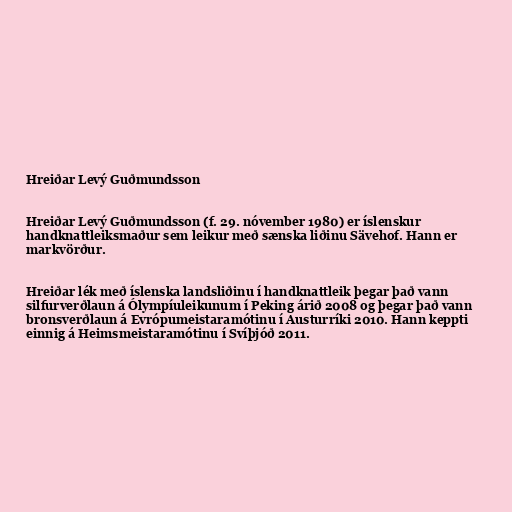
Hreiðar Levý Guðmundsson

Hreiðar Levý Guðmundsson (f. 29. nóvember 1980) er íslenskur
handknattleiksmaður sem leikur með sænska liðinu Sävehof. Hann er
markvörður.

Hreiðar lék með íslenska landsliðinu í handknattleik þegar það vann
silfurverðlaun á Ólympíuleikunum í Peking árið 2008 og þegar það vann
bronsverðlaun á Evrópumeistaramótinu í Austurríki 2010. Hann keppti
einnig á Heimsmeistaramótinu í Svíþjóð 2011.